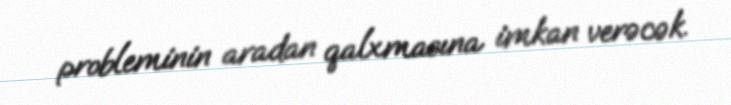
probleminin aradan qalxmasına imkan verəcək.